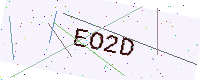
Text: EO2D